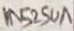
Text: 1N5250A